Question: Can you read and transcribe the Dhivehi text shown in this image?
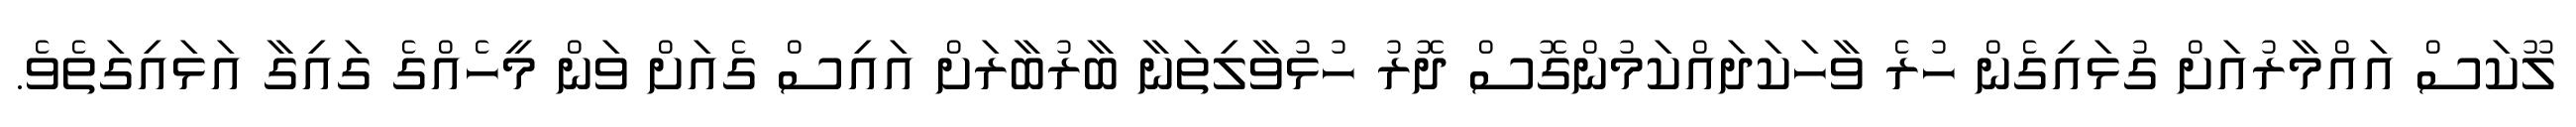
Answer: ލޫކަސް އައްމާރުއަށް ގުޅައިގެން ހުރެ ވާހަކަދައްކަމުންގޮސް ދޮރު ހުޅުވާލިތަނާ ބާރުބާރަށް އައިސް ގެއަށް ވަން މީހެއްގެ ގައިގާ އަޅައިގަތެވެ.